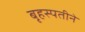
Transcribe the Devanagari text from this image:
बृहस्पतीने